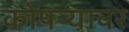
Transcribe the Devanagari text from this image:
कोपऱ्यावर